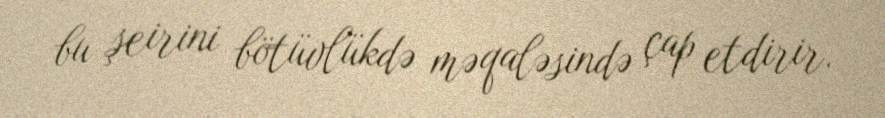
bu şeirini bötüvlükdə məqaləsində çap etdirir.